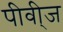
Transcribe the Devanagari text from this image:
पीवी्ज